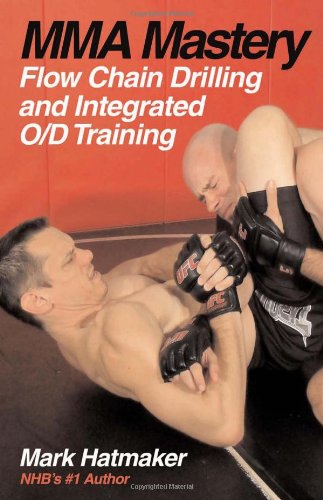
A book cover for MMA Mastery: Flow Chain Drilling and Integrated O/D Training (MMA Mastery series); Mark Hatmaker; Sports & Outdoors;